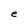
Character: e